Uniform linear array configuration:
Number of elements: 48
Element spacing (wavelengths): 0.25
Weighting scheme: kaiser
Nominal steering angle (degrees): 30
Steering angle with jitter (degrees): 30.417
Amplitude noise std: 0.05
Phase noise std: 0.05

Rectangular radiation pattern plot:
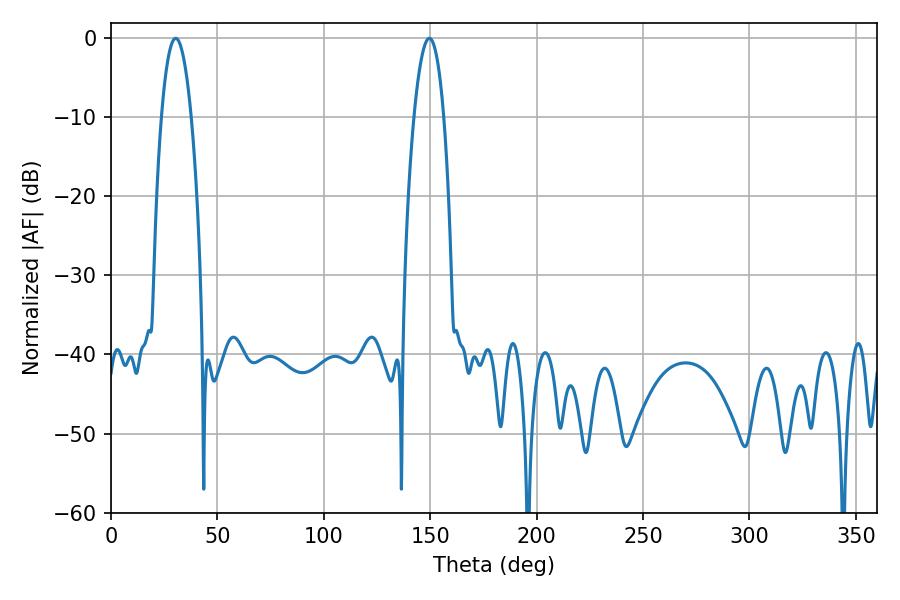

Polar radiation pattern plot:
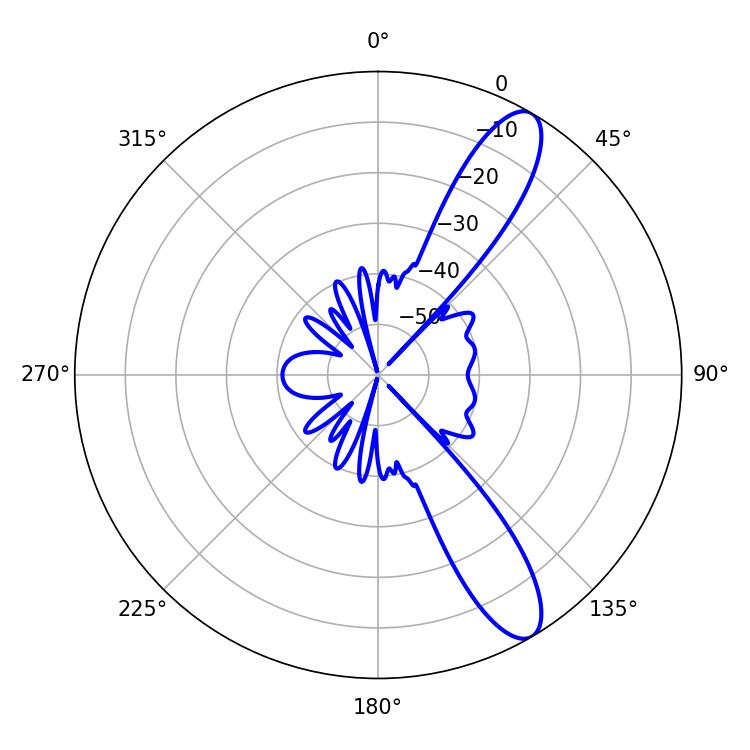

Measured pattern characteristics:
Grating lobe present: FALSE
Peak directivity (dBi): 11.324
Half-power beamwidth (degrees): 7.74
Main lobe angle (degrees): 30.42